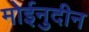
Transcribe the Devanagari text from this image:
मोईनुदीन